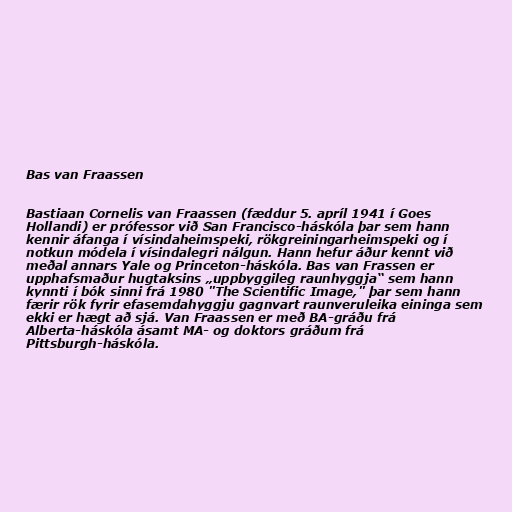
Bas van Fraassen

Bastiaan Cornelis van Fraassen (fæddur 5. apríl 1941 í Goes
Hollandi) er prófessor við San Francisco-háskóla þar sem hann
kennir áfanga í vísindaheimspeki, rökgreiningarheimspeki og í
notkun módela í vísindalegri nálgun. Hann hefur áður kennt við
meðal annars Yale og Princeton-háskóla. Bas van Frassen er
upphafsmaður hugtaksins „uppbyggileg raunhyggja“ sem hann
kynnti í bók sinni frá 1980 "The Scientific Image," þar sem hann
færir rök fyrir efasemdahyggju gagnvart raunveruleika eininga sem
ekki er hægt að sjá. Van Fraassen er með BA-gráðu frá
Alberta-háskóla ásamt MA- og doktors gráðum frá
Pittsburgh-háskóla.